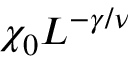
\chi _ { 0 } L ^ { - \gamma / \nu }